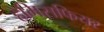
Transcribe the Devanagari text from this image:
हेमिसफियर